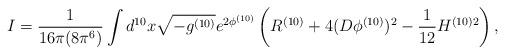
LaTeX: \begin{align*}I = \frac{1}{16 \pi (8 \pi^6) } \int d^{10} x \sqrt{-g^{(10)}} e^{2 \phi^{(10)}} \left( R^{(10)} + 4 (D \phi^{(10)} )^2 - \frac{1}{12} H^{(10) 2} \right) ,\end{align*}